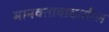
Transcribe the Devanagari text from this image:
मानवतावादातील